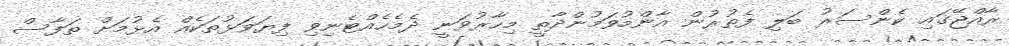
ރާއްޖޭގައި ކެންސަރު ބަލި ފެތުރުން އާންމުވަމުންދާތީ މިހާރުވަނީ ދެމެހެއްޓެނިވި ފިޔަވަޅުތަކެއް އެޅުމަށް ތަފާސް